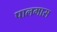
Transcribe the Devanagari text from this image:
पालमास